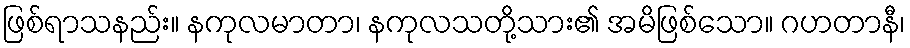
ဖြစ်ရာသနည်း။ နကုလမာတာ၊ နကုလသတို့သား၏ အမိဖြစ်သော။ ဂဟတာနီ၊